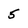
Character: 5